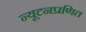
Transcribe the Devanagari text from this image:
न्यूटनप्रणित